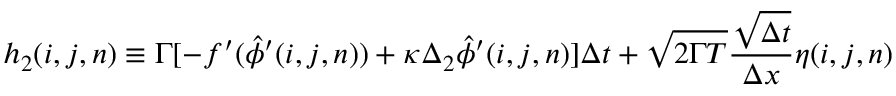
h _ { 2 } ( i , j , n ) \equiv \Gamma [ - f ^ { \prime } ( \hat { \phi } ^ { \prime } ( i , j , n ) ) + \kappa \Delta _ { 2 } \hat { \phi } ^ { \prime } ( i , j , n ) ] \Delta t + \sqrt { 2 \Gamma T } \frac { \sqrt { \Delta t } } { \Delta x } \eta ( i , j , n )